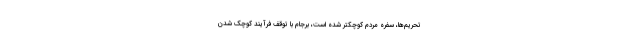
تحریم‌ها، سفره مردم کوچکتر شده است، برجام با توقف فرآیند کوچک شدن